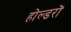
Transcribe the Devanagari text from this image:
होल्डरों